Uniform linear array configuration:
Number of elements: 8
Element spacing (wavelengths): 0.75
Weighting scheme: kaiser
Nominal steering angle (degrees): -30
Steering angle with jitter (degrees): -31.176
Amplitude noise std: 0.05
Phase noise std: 0.05

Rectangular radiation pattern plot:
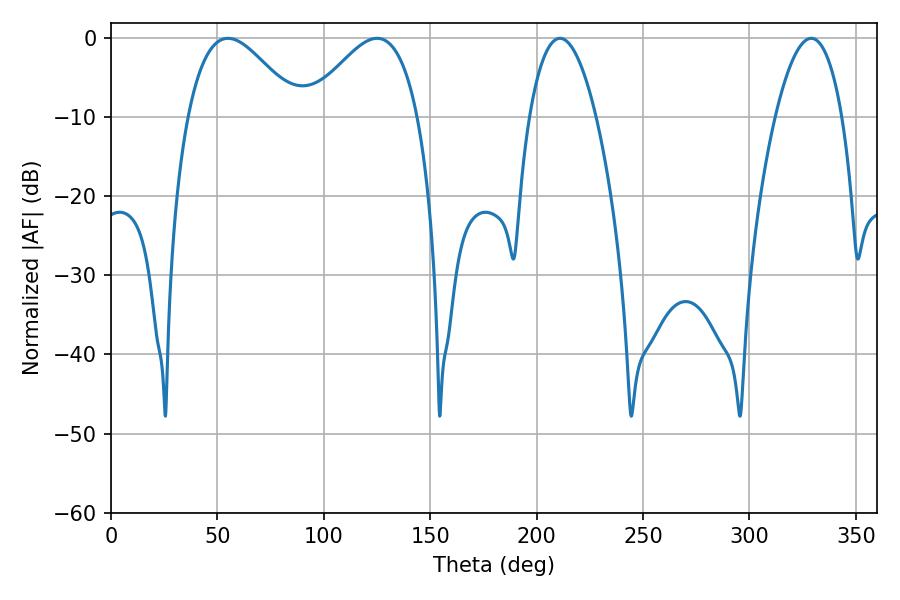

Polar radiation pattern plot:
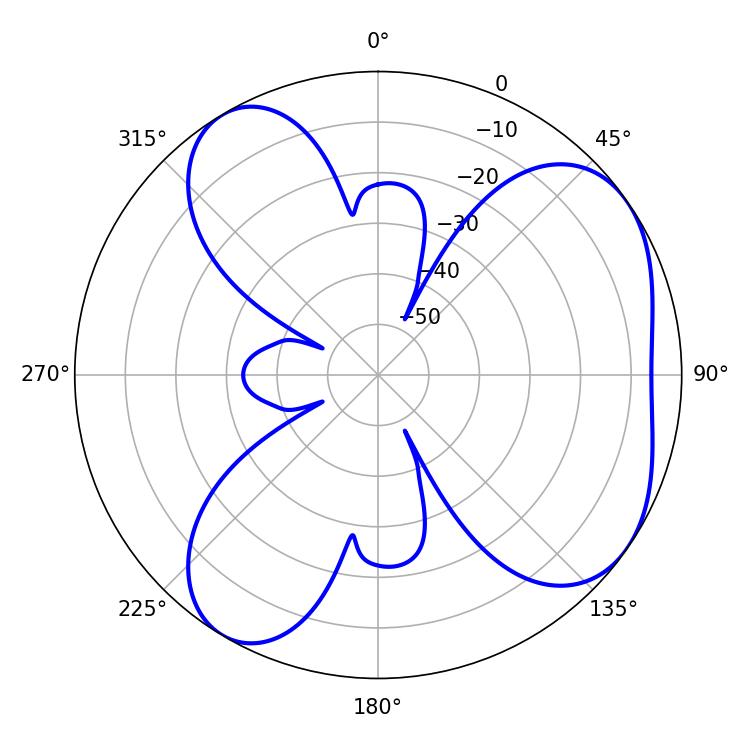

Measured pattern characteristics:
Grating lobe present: TRUE
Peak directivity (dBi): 5.417
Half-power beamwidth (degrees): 17.46
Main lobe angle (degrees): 210.96